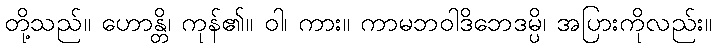
တို့သည်။ ဟောန္တိ၊ ကုန်၏။ ဝါ၊ ကား။ ကာမဘဝါဒိဘေဒမ္ပိ၊ အပြားကိုလည်း။